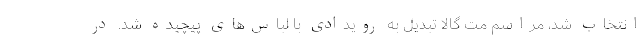
انتخاب شد، مراسم مت گالا تبدیل به رویدادی با لباس‌های پیچیده شد. در